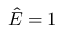
\hat { E } = 1